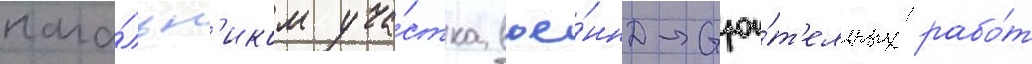
нача́льн'иком уча́стка вое́нно-строи́т'ельных рабо́т